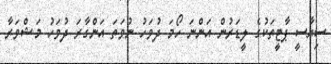
ސިޔާސީ ޕާޓީތަކުގެ ލީޑަރުން އަންނަ ހޯމަ ދުވަހު ނުވަތަ އަންގާރަ ދުވަހު މަޝްވަރާ